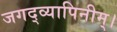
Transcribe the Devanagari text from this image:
जगद्व्यापिनीम्।